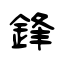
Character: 鋒